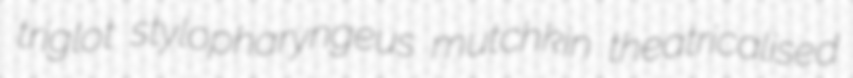
triglot stylopharyngeus mutchkin theatricalised